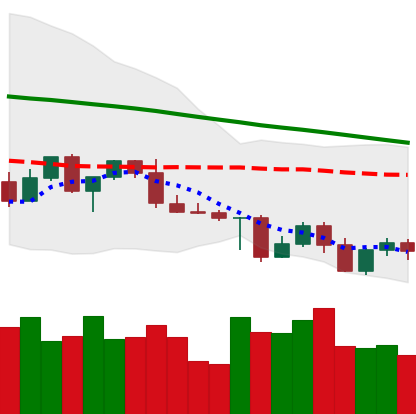
Ticker: LTC-USD
Chart end date: 2022-05-03
Forward return: -5.402%
Label: down_5_7